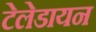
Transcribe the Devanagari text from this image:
टेलेडायन